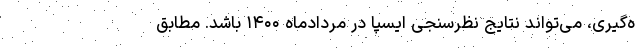
ه‌گیری، می‌تواند نتایج نظرسنجی ایسپا در مردادماه ۱۴۰۰ باشد. مطابق